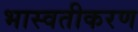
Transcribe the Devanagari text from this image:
भास्वतीकरण